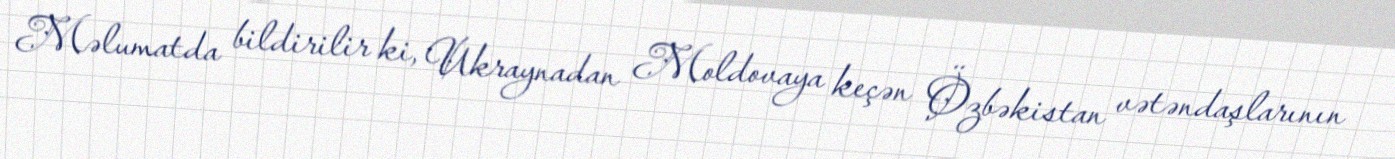
Məlumatda bildirilir ki, Ukraynadan Moldovaya keçən Özbəkistan vətəndaşlarının